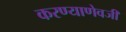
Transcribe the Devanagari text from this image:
करण्याणेवजी